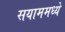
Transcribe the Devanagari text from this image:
सयाममध्ये